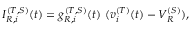
I _ { R , i } ^ { ( T , S ) } ( t ) = g _ { R , i } ^ { ( T , S ) } ( t ) ~ ( v _ { i } ^ { ( T ) } ( t ) - V _ { R } ^ { ( S ) } ) ,